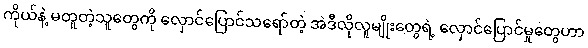
ကိုယ်နဲ့ မတူတဲ့သူတွေကို လှောင်ပြောင်သရော်တဲ့ အဲဒီလိုလူမျိုးတွေရဲ့ လှောင်ပြောင်မှုတွေဟာ